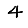
Digit: 4